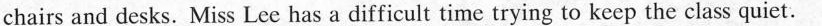
chairs and desks. Miss Lec has a difficult time trying to keep the class quiet.